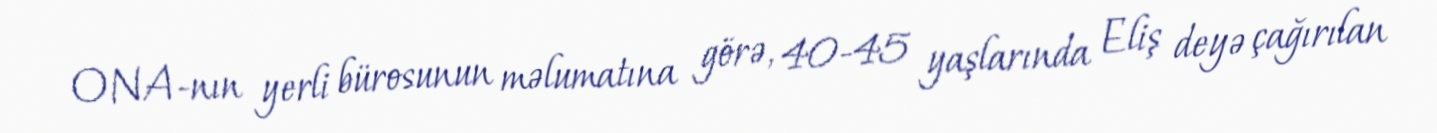
ONA-nın yerli bürosunun məlumatına görə, 40-45 yaşlarında Eliş deyə çağırılan